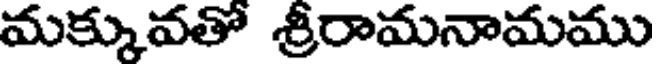
మక్కువతో శ్రీరామనామము